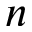
n